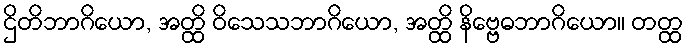
ဌိတိဘာဂိယော, အတ္ထိ ဝိသေသဘာဂိယော, အတ္ထိ နိဗ္ဗေဓဘာဂိယော။ တတ္ထ